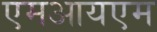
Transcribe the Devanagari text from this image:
एमआयएम